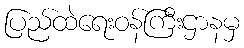
ပြည်ထဲရေးဝန်ကြီးဌာနမှ